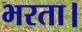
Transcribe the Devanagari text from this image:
भरता।